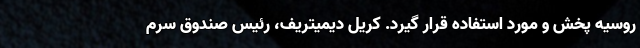
روسیه پخش و مورد استفاده قرار گیرد. کریل دیمیتریف، رئیس صندوق سرم